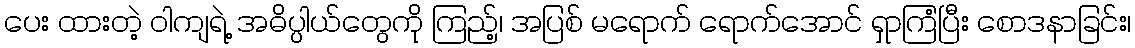
ပေး ထားတဲ့ ဝါကျရဲ့ အဓိပ္ပါယ်တွေကို ကြည့်၊ အပြစ် မရောက် ရောက်အောင် ရှာကြံပြီး စောဒနာခြင်း၊